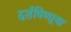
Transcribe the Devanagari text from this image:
दर्शविणार्‍या